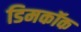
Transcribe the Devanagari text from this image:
डिमकॉक